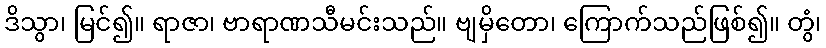
ဒိသွာ၊ မြင်၍။ ရာဇာ၊ ဗာရာဏသီမင်းသည်။ ဗျမှိတော၊ ကြောက်သည်ဖြစ်၍။ တွံ၊